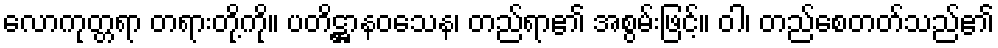
လောကုတ္တရာ တရားတို့ကို။ ပတိဋ္ဌာနဝသေန၊ တည်ရာ၏ အစွမ်းဖြင့်။ ဝါ၊ တည်စေတတ်သည်၏